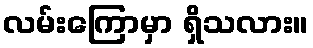
လမ်းကြောမှာ ရှိသလား။